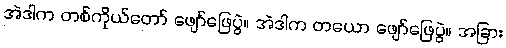
အဲဒါက တစ်ကိုယ်တော် ဖျော်ဖြေပွဲ။ အဲဒါက တယော ဖျော်ဖြေပွဲ။ အခြား